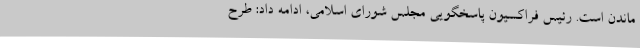
ماندن است. رئیس فراکسیون پاسخگویی مجلس شورای اسلامی، ادامه داد: طرح